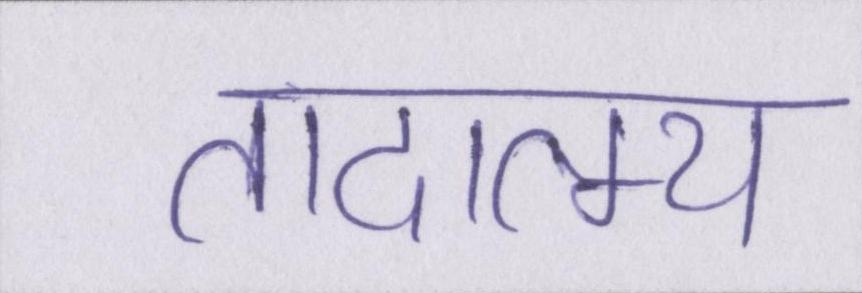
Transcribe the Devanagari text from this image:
तादात्म्य